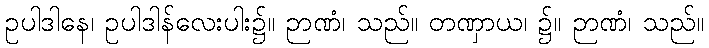
ဥပါဒါနေ၊ ဥပါဒါန်လေးပါး၌။ ဉာဏံ၊ သည်။ တဏှာယ၊ ၌။ ဉာဏံ၊ သည်။